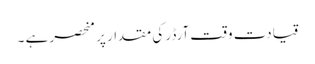
قیادت وقت آرڈر کی مقدار پر منحصر ہے ۔